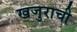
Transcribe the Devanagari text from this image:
खजुराची